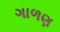
ગાળણ